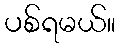
ပစ်ရမယ်။